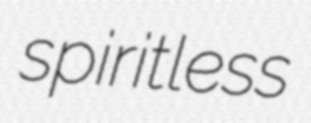
spiritless